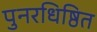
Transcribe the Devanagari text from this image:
पुनरधिष्ठित